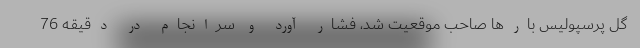
گل پرسپولیس بارها صاحب موقعیت شد، فشار آورد و سرانجام در دقیقه 76